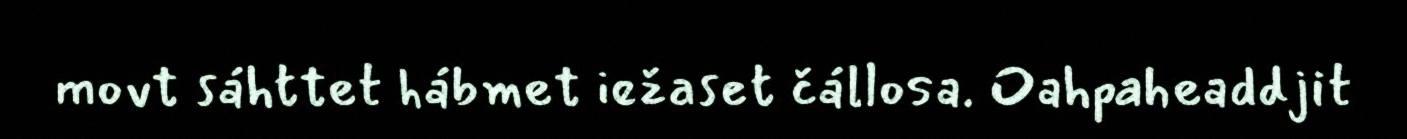
movt sáhttet hábmet iežaset čállosa. Oahpaheaddjit